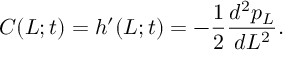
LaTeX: C ( L ; t ) = h ^ { \prime } ( L ; t ) = - \frac { 1 } { 2 } \frac { d ^ { 2 } p _ { L } } { d L ^ { 2 } } .